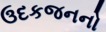
ઉદકજનનો